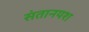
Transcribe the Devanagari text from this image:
संतानयश